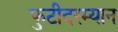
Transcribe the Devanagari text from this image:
फुटीदरम्यान